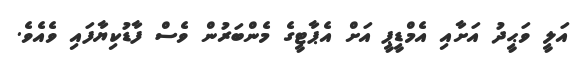
އަލީ ވަޙީދު އަށާއި އެމްޑީޕީ އަށް އެޕާޓީގެ މެންބަރުން ވެސް ފާޑުކިޔާފައި ވެއެވެ.